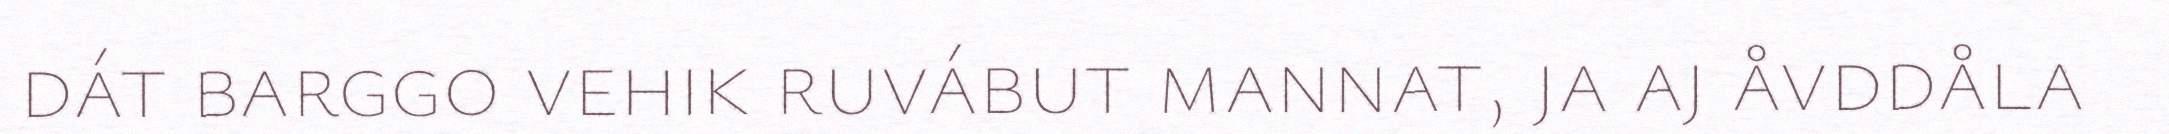
dát barggo vehik ruvábut mannat, ja aj åvddåla